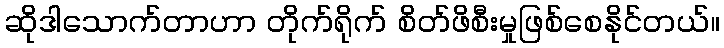
ဆိုဒါသောက်တာဟာ တိုက်ရိုက် စိတ်ဖိစီးမှုဖြစ်စေနိုင်တယ်။